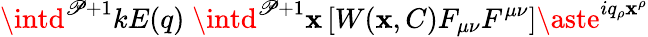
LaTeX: \intd^{\mathscr{P}+1}kE(q)\; \intd^{\mathscr{P}+1}\mathbf{x}\left[W(\mathbf{x},C)F_{\mu\nu}F^{\mu\nu}\right]\aste^{iq_{\rho}\mathbf{x}^{\rho}}